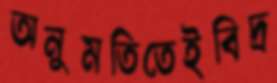
অনুমতিতেইবিদ্র